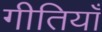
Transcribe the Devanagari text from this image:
गीतियाँ